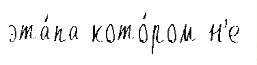
эта́па кото́ром н'е